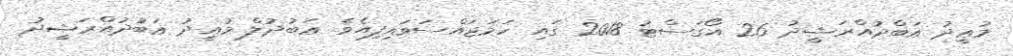
މުޢީދު ޢަބްދުއްރަޝީދު 26 އޯގަސްޓު 2018 ގައި ހަމަޖައްސަވައިފިއެވެ. ޢަބުދުލް މުޢީދު ޢަބުދުއްރަޝީދު